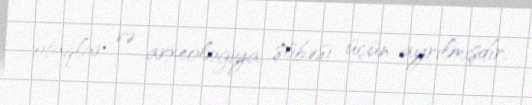
otaqlar və arxeologiya şöbəsi üçün ayrılmışdır.